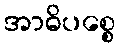
အာဓိပစ္စေ